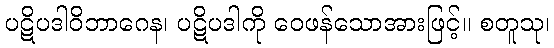
ပဋိပဒါဝိဘာဂေန၊ ပဋိပဒါကို ဝေဖန်သောအားဖြင့်။ စတူသု၊